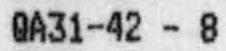
QA31-42 - 8